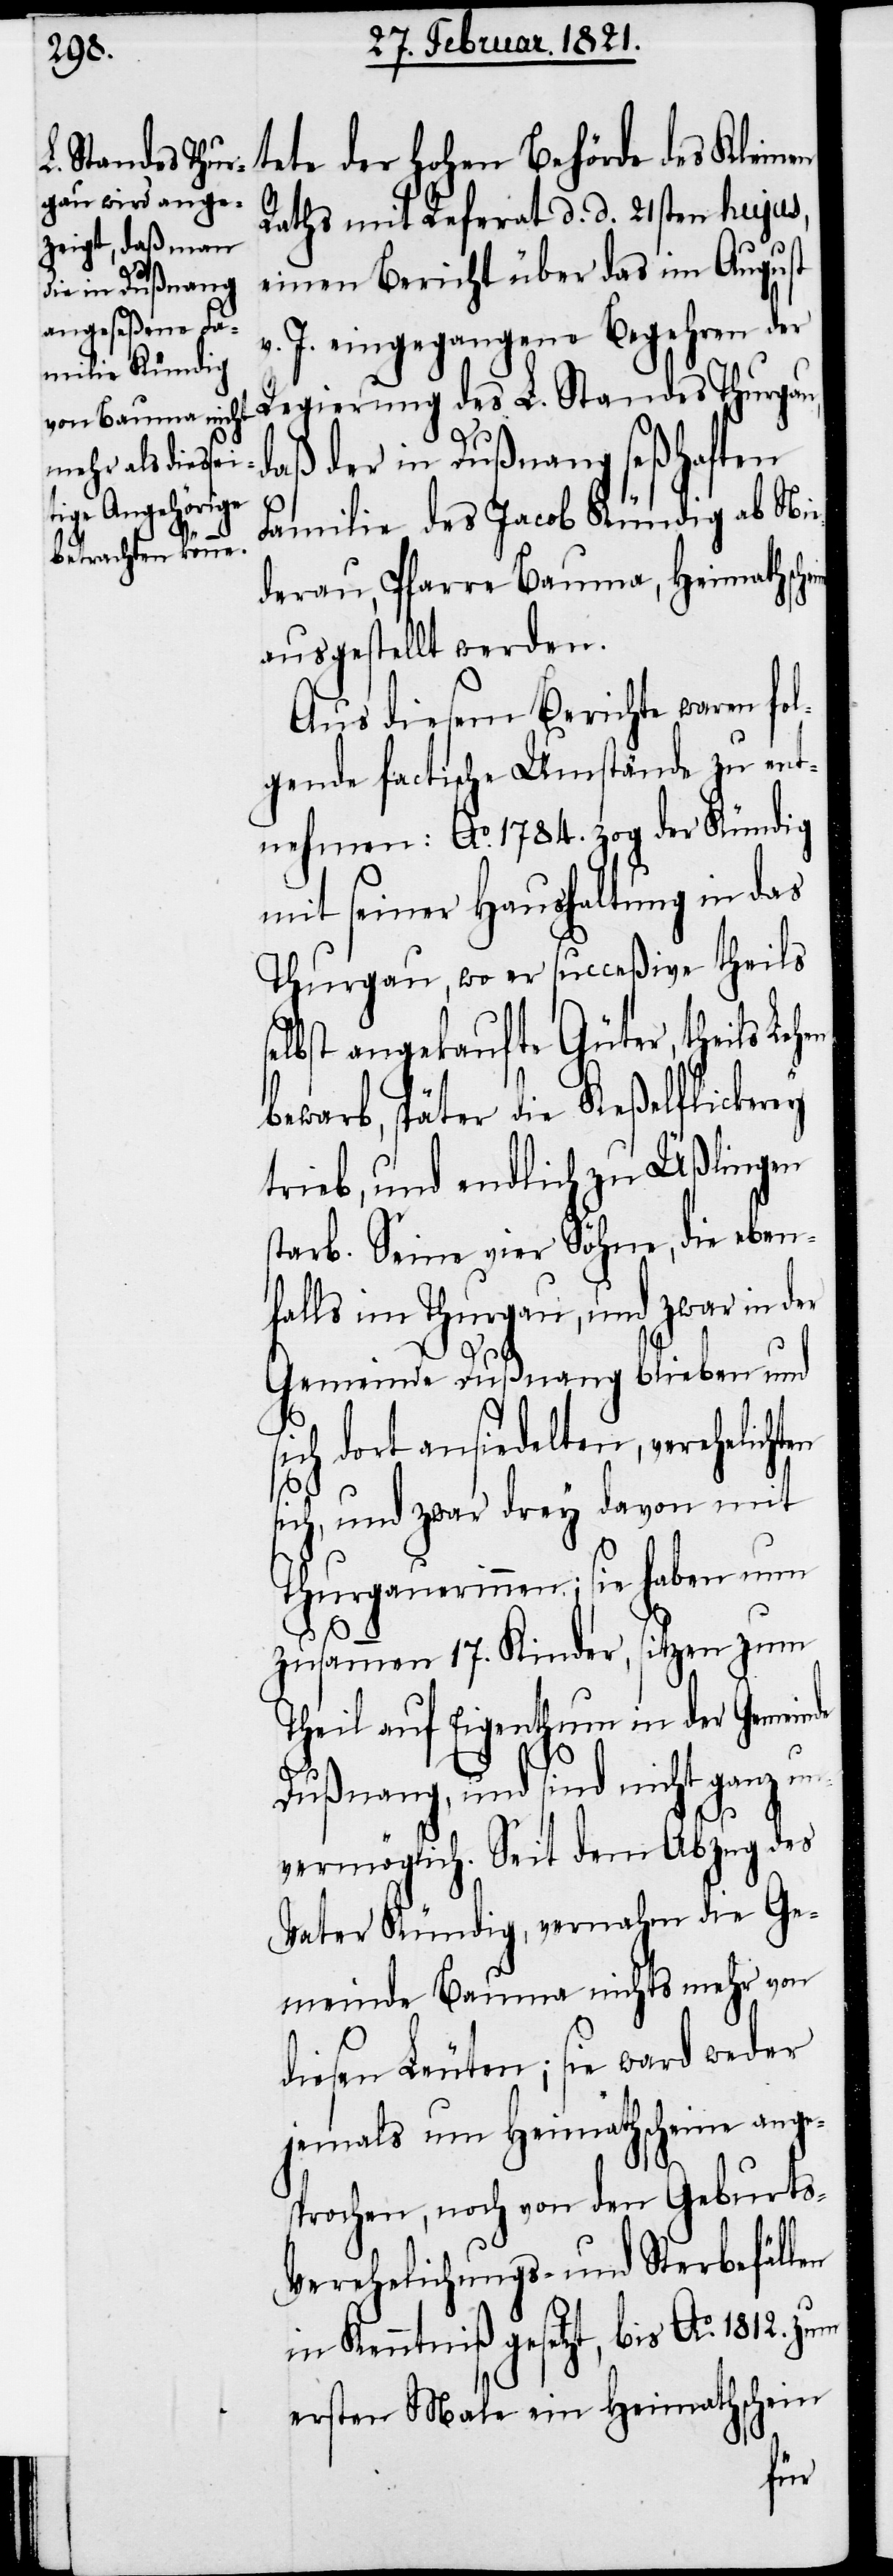
Raths mit Referat d. d. 21ste hujus,
einen Bericht über das im August
v. J. eingegangene Begehren der
Regierung des L. Standes Thurgau,
daß der in Dußnang seßhaften
des Kleinen
Familie des Jacob Kündig ab Nie¬
un¬
derau, Pfarre Bauma, Heimathsche¬
ausgestellt werden.
Aus diesem Berichte waren fo¬
lgende factische Umstände zu ent¬
nehmen: Ao. 1784. zog der Kündig
mit seiner Haushaltung in das
Thurgau, wo er succeßive theils
selbst angekaufte Güter, theils Leh¬
erwarb, später die Keßelflickerey
trieb, und endlich zu Üßlingen
starb. Seine vier Söhne, die eben¬
falls im Thurgau, und zwar in der
ine
Gemeinde Dußnang blieben und
ich dort ansiedelten, verehelicht¬
sich, und zwar drey davon mit
Thurgauerinnen; sie haben nun
zusammen 17. Kinder, sitzen zum
Theil auf Eigenthum in der Gemeinde
Dußnang, und sind nicht ganz
vermöglich. Seit dem Abzug des
Vater Kündig, vernahm die Ge¬
meinde Bauma nichts mehr von
diesen Leuten; sie ward weder
jemals um Heimathscheine ange¬
sprochen, noch von den Geburts-
Verehelichungs- und Sterbefällen
in Kenntniß gesetzt, bis Ao. 1812. zum
ersten Male ein Heimathschein